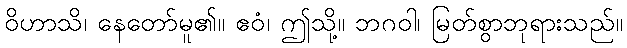
ဝိဟာသိ၊ နေတော်မူ၏။ ဧဝံ၊ ဤသို့။ ဘဂဝါ၊ မြတ်စွာဘုရားသည်။